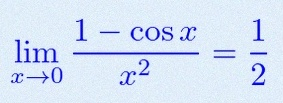
\lim_{x\to0}\frac{1-\cos x}{x^2}=\frac12